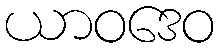
ယာဝဒေဝ